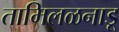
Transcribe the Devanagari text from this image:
तामिलळनाडू